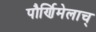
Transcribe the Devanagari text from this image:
पौर्णिमेलाच्